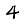
Digit: 4